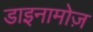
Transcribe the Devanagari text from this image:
डाइनामोज़